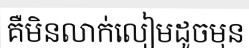
គឺមិនលាក់លៀមដូចមុន